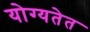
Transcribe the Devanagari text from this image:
योग्यतेत